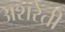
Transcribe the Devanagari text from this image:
अशरेती